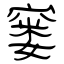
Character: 窭